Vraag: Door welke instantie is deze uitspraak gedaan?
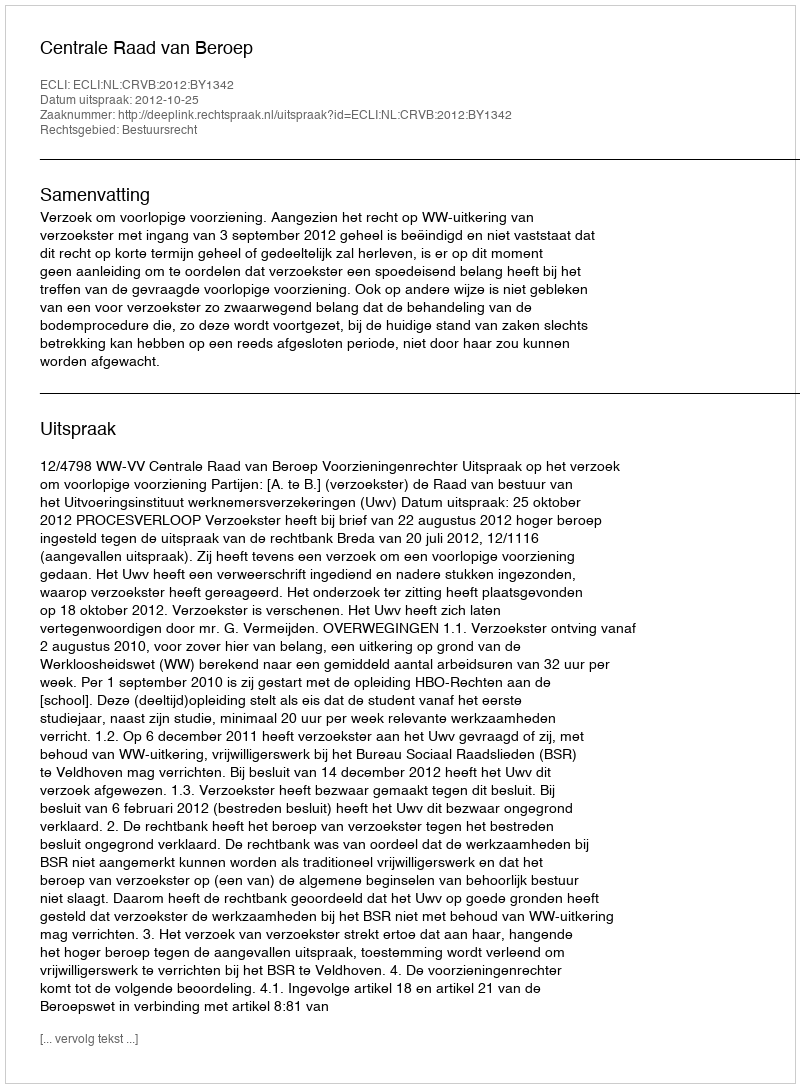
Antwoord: Centrale Raad van Beroep